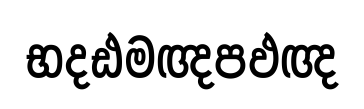
භදඪමඥපඵඥ